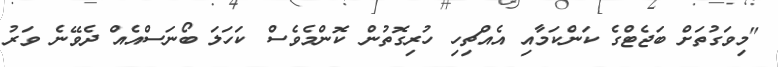
"މިވަގުތަށް ބަޖެޓްގެ ކަންކަމާއި އެއްޗިހި ހުރިގޮތުން ކޮންމެވެސް ކަހަލަ ބޯނަސްއެއް ދެވޭނެ ވަރު